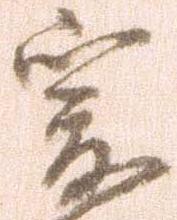
爰